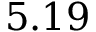
5 . 1 9